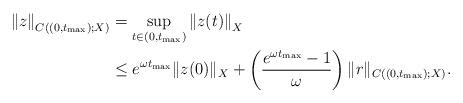
LaTeX: \begin{align*}\left\|z\right\|_{C((0,t_{\max});X)}&=\sup_{t\in(0,t_{\max})}\left\|z(t)\right\|_X\\&\le e^{\omega t_{\max}}\|z(0)\|_X+\left(\frac{e^{\omega t_{\max}}-1}{\omega}\right)\|r\|_{C((0,t_{\max});X)}.\end{align*}